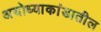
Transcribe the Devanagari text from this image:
अयोध्याकांडातील